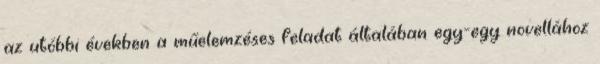
az utóbbi években a műelemzéses feladat általában egy-egy novellához